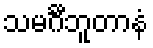
သမင်္ဂီဘူတာနံ